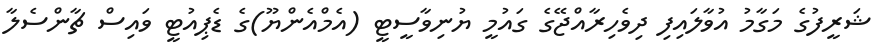
ޝަރީފުގެ މަގާމު އުވާލައިފި ދިވެހިރާއްޖޭގެ ގައުމީ ޔުނިވާސީޓީ (އެމްއެންޔޫ)ގެ ޑެޕިއުޓީ ވައިސް ޗާންސެލާ